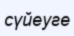
сүйеуге